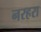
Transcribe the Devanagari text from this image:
नरहरा